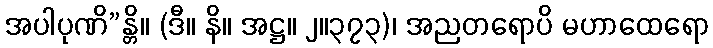
အပါပုဏိ”န္တိ။ (ဒီ။ နိ။ အဋ္ဌ။ ၂။၃၇၃)၊ အညတရောပိ မဟာထေရော